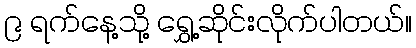
၉ ရက်နေ့သို့ ရွှေ့ဆိုင်းလိုက်ပါတယ်။